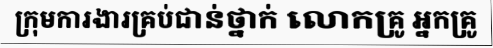
ក្រុមការងារគ្រប់ជាន់ថ្នាក់ លោកគ្រូ អ្នកគ្រូ